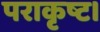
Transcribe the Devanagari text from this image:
पराकृष्ट।